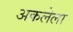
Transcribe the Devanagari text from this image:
अकलेला